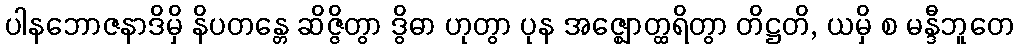
ပါနဘောဇနာဒိမှိ နိပတန္တေ ဆိဇ္ဇိတွာ ဒွိဓာ ဟုတွာ ပုန အဇ္ဈောတ္ထရိတွာ တိဋ္ဌတိ, ယမှိ စ မန္ဒီဘူတေ